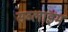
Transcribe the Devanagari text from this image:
सब्लाइम